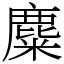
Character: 麋